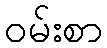
ဝမ်းစာ